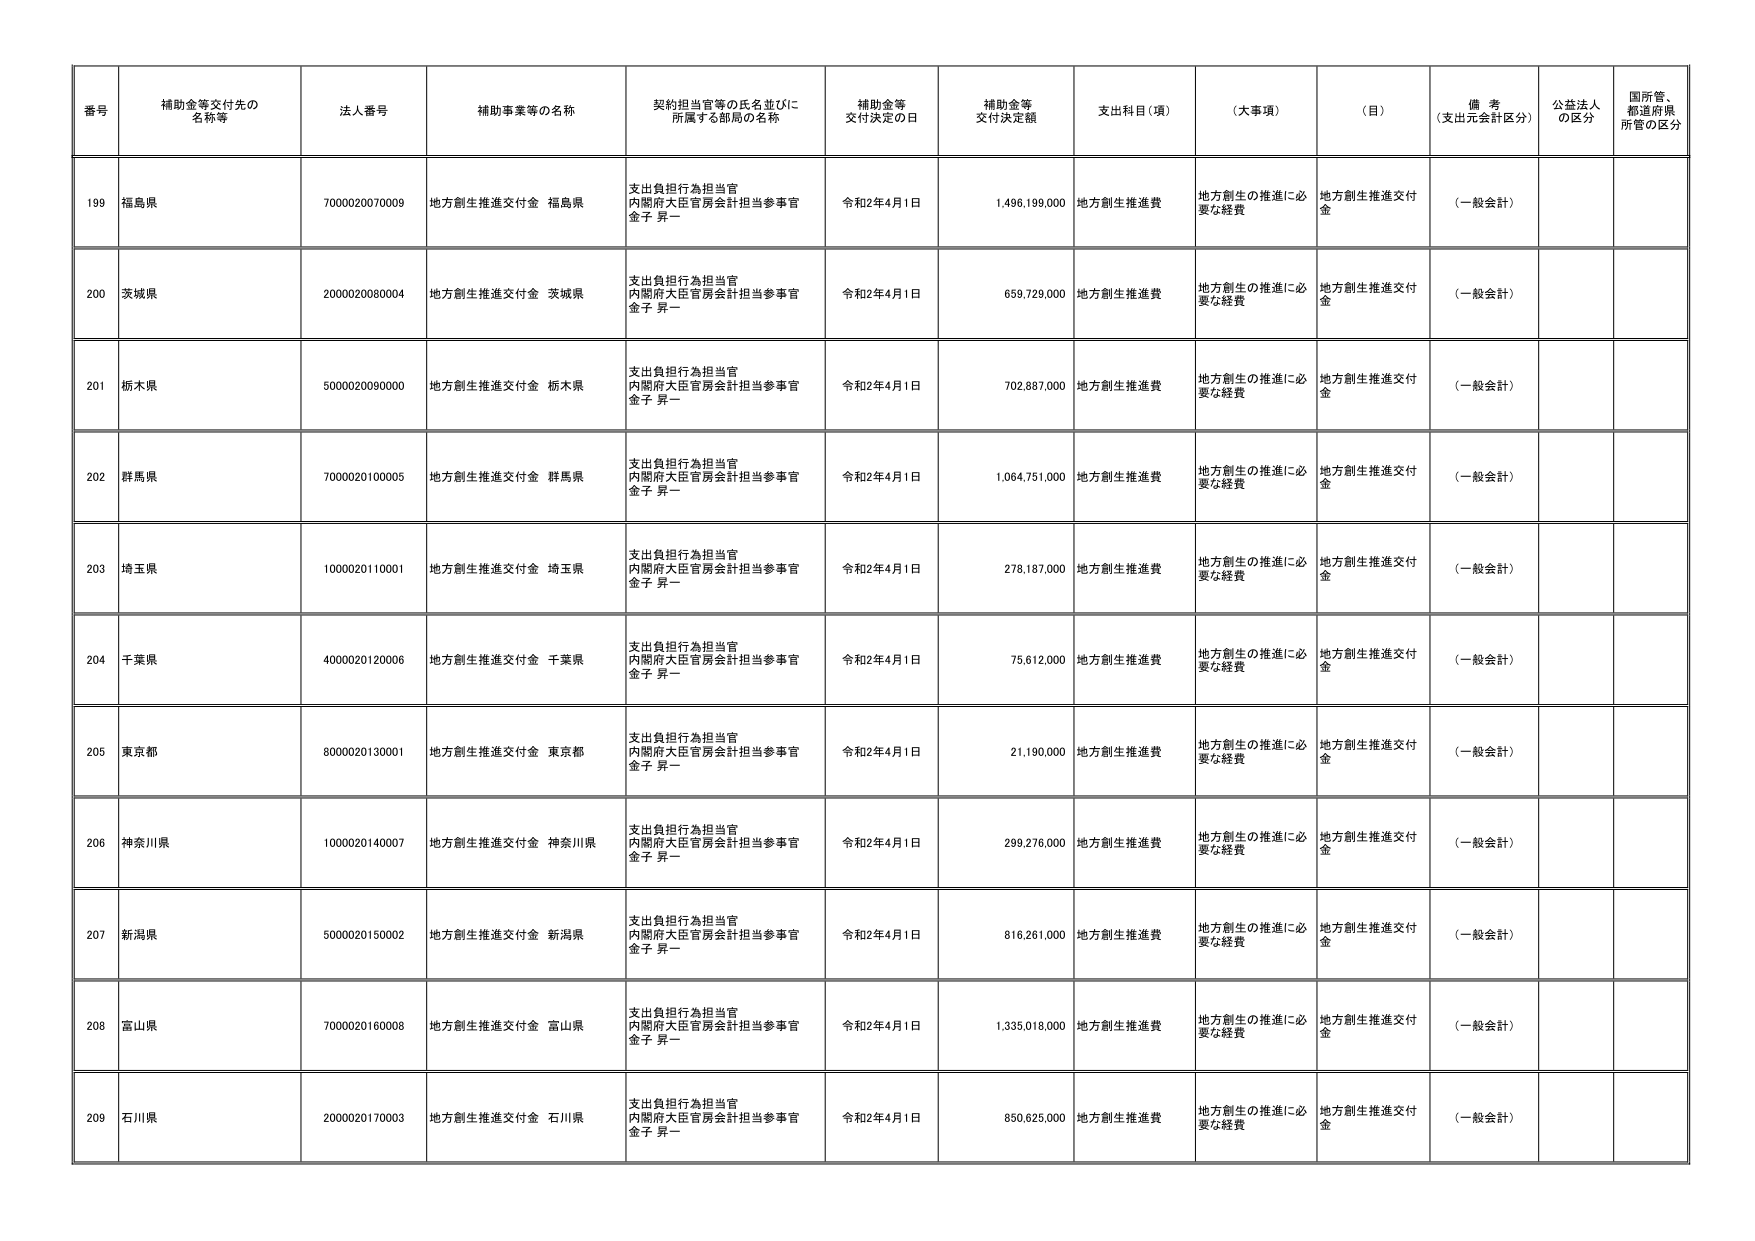
番号 補助金等交付先の名称等 法人番号 補助事業等の名称 契約担当官等の氏名並びに所属する部局の名称 補助金等交付決定の日 補助金等交付決定額 支出科目（項） （大事項） （目） 備考（支出元会計区分） 公益法人の区分 国所管、都道府県所管の区分
199 福島県 7000020070009 地方創生推進交付金 福島県 支出負担行為担当官 内閣府大臣官房会計担当参事官 金子 昇一 令和2年4月1日 1,496,199,000 地方創生推進費 地方創生の推進に必要な経費 地方創生推進交付金 （一般会計）
200 茨城県 2000020080004 地方創生推進交付金 茨城県 支出負担行為担当官 内閣府大臣官房会計担当参事官 金子 昇一 令和2年4月1日 659,729,000 地方創生推進費 地方創生の推進に必要な経費 地方創生推進交付金 （一般会計）
201 栃木県 5000020090000 地方創生推進交付金 栃木県 支出負担行為担当官 内閣府大臣官房会計担当参事官 金子 昇一 令和2年4月1日 702,887,000 地方創生推進費 地方創生の推進に必要な経費 地方創生推進交付金 （一般会計）
202 群馬県 7000020100005 地方創生推進交付金 群馬県 支出負担行為担当官 内閣府大臣官房会計担当参事官 金子 昇一 令和2年4月1日 1,064,751,000 地方創生推進費 地方創生の推進に必要な経費 地方創生推進交付金 （一般会計）
203 埼玉県 1000020110001 地方創生推進交付金 埼玉県 支出負担行為担当官 内閣府大臣官房会計担当参事官 金子 昇一 令和2年4月1日 278,187,000 地方創生推進費 地方創生の推進に必要な経費 地方創生推進交付金 （一般会計）
204 千葉県 4000020120006 地方創生推進交付金 千葉県 支出負担行為担当官 内閣府大臣官房会計担当参事官 金子 昇一 令和2年4月1日 75,612,000 地方創生推進費 地方創生の推進に必要な経費 地方創生推進交付金 （一般会計）
205 東京都 8000020130001 地方創生推進交付金 東京都 支出負担行為担当官 内閣府大臣官房会計担当参事官 金子 昇一 令和2年4月1日 21,190,000 地方創生推進費 地方創生の推進に必要な経費 地方創生推進交付金 （一般会計）
206 神奈川県 1000020140007 地方創生推進交付金 神奈川県 支出負担行為担当官 内閣府大臣官房会計担当参事官 金子 昇一 令和2年4月1日 299,276,000 地方創生推進費 地方創生の推進に必要な経費 地方創生推進交付金 （一般会計）
207 新潟県 5000020150002 地方創生推進交付金 新潟県 支出負担行為担当官 内閣府大臣官房会計担当参事官 金子 昇一 令和2年4月1日 816,261,000 地方創生推進費 地方創生の推進に必要な経費 地方創生推進交付金 （一般会計）
208 富山県 7000020160008 地方創生推進交付金 富山県 支出負担行為担当官 内閣府大臣官房会計担当参事官 金子 昇一 令和2年4月1日 1,335,018,000 地方創生推進費 地方創生の推進に必要な経費 地方創生推進交付金 （一般会計）
209 石川県 2000020170003 地方創生推進交付金 石川県 支出負担行為担当官 内閣府大臣官房会計担当参事官 金子 昇一 令和2年4月1日 850,625,000 地方創生推進費 地方創生の推進に必要な経費 地方創生推進交付金 （一般会計）